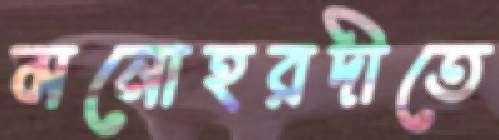
মনোহরদীতে